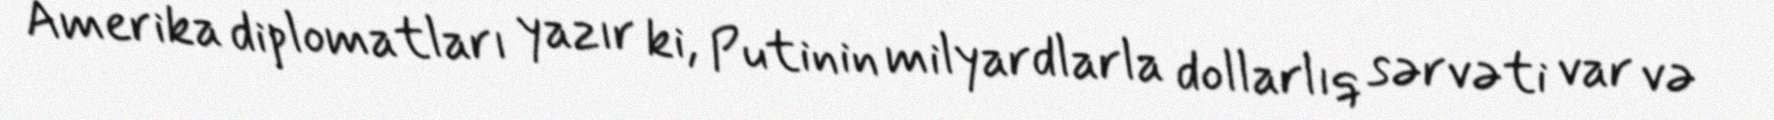
Amerika diplomatları yazır ki, Putinin milyardlarla dollarlıq sərvəti var və